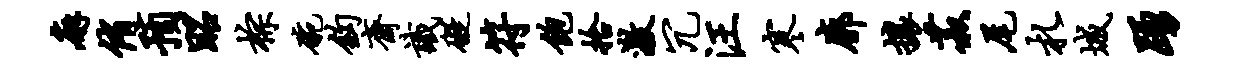
廨侑预昭棕碗钩斋识碍符饱拾激冗汪寒廓攘菽尾札城踊